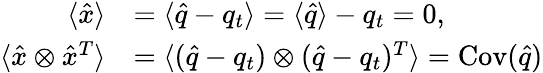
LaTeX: \begin{array}{rl}{\langle\hat{x}\rangle}&{=\langle\hat{q}-q_{t}\rangle=\langle\hat{q}\rangle-q_{t}=0,}\\ {\langle\hat{x}\otimes\hat{x}^{T}\rangle}&{=\langle(\hat{q}-q_{t})\otimes(\hat{q}-q_{t})^{T}\rangle=\operatorname{Cov}(\hat{q})}\end{array}